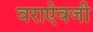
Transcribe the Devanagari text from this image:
वराऐवजी